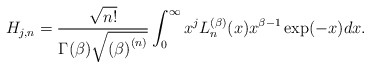
\begin{align*}H_{j,n}=\frac{\sqrt{n!}}{\Gamma (\beta )\sqrt{\left( \beta \right) ^{\left(n\right) }}}\int_{0}^{\infty }x^{j}L_{n}^{(\beta )}(x)x^{\beta -1}\exp(-x)dx. \end{align*}